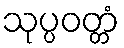
သုပ္ပဝတ္တံ